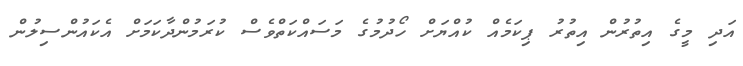
އަދި މީގެ އިތުރުން އިތުރު ޕިކަމެއް ކުއްޔަށް ހޯދުމުގެ މަސައްކަތްވެސް ކުރަމުންދާކަމަށް އެކައުންސިލުން